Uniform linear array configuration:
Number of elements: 12
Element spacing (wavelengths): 0.25
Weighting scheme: hamming
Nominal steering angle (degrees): -15
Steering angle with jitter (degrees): -16.473
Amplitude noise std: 0.05
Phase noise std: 0.05

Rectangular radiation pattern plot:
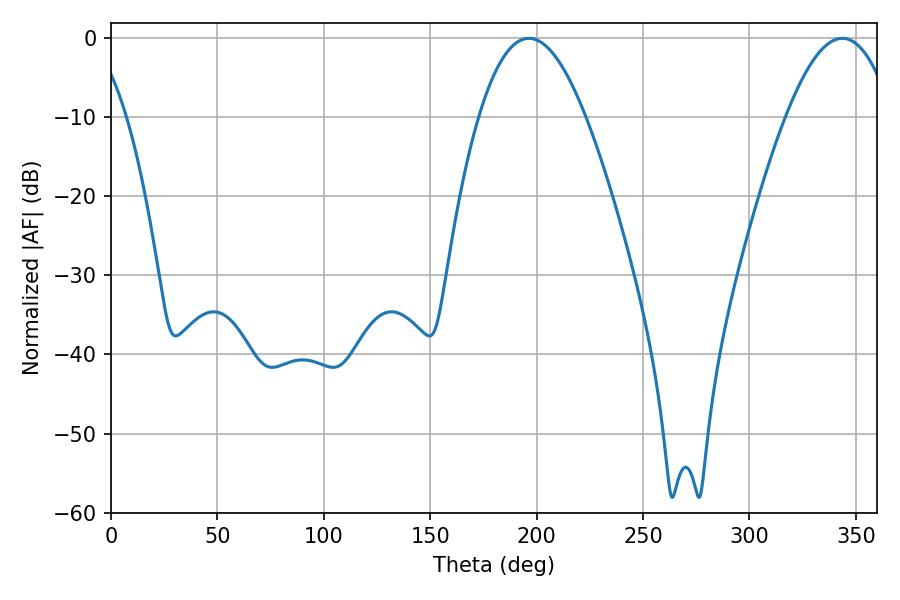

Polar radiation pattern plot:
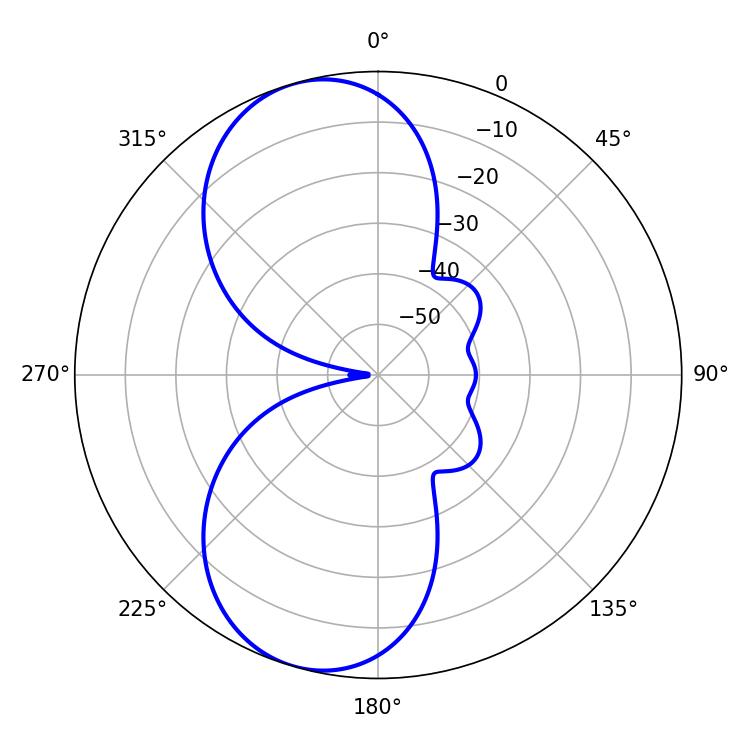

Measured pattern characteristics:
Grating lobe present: FALSE
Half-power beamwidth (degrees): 27.54
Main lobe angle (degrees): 196.38